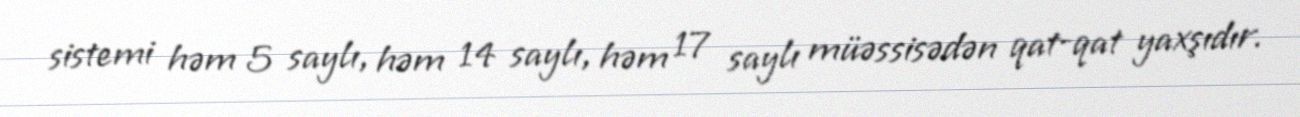
sistemi həm 5 saylı, həm 14 saylı, həm 17 saylı müəssisədən qat-qat yaxşıdır.